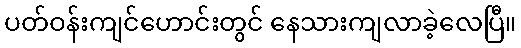
ပတ်ဝန်းကျင်ဟောင်းတွင် နေသားကျလာခဲ့လေပြီ။